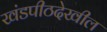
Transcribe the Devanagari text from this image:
खंडपीठदेखील